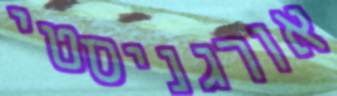
אורגניסטי